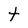
Character: t